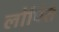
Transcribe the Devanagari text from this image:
लोपित